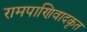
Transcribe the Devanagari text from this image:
रामपाणिवादकृत